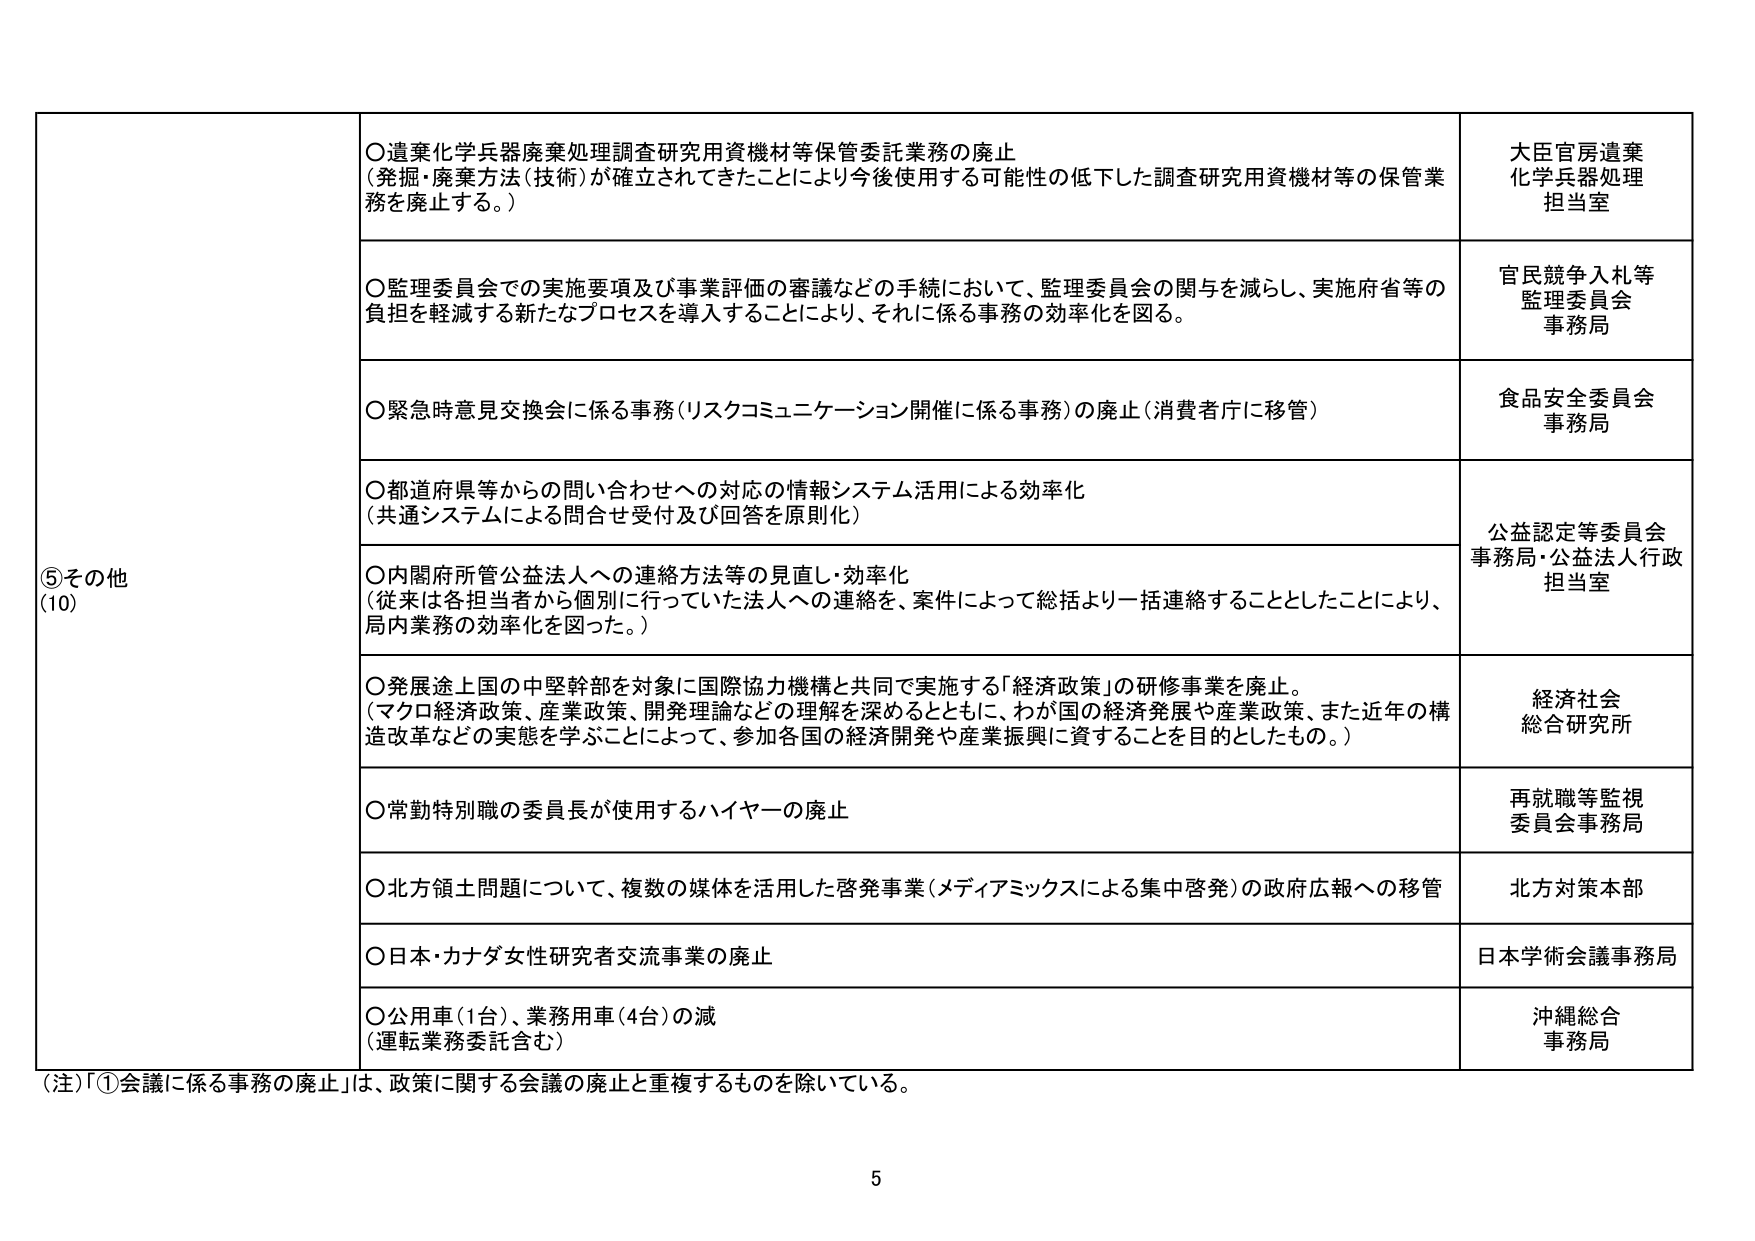
⑤その他
(10)

○遺棄化学兵器廃棄処理調査研究用資機材等保管委託業務の廃止
（発掘・廃棄方法（技術）が確立されてきたことにより今後使用する可能性の低下した調査研究用資機材等の保管業務を廃止する。）

○監理委員会での実施要項及び事業評価の審議などの手続において、監理委員会の関与を減らし、実施府省等の負担を軽減する新たなプロセスを導入することにより、それに係る事務の効率化を図る。

○緊急時意見交換会に係る事務（リスクコミュニケーション開催に係る事務）の廃止（消費者庁に移管）

○都道府県等からの問い合わせへの対応の情報システム活用による効率化
（共通システムによる問合せ受付及び回答を原則化）

○内閣府所管公益法人への連絡方法等の見直し・効率化
（従来は各担当者から個別に行っていた法人への連絡を、案件によって総括より一括連絡することとしたことにより、局内業務の効率化を図った。）

○発展途上国の中堅幹部を対象に国際協力機構と共同で実施する「経済政策」の研修事業を廃止。
（マクロ経済政策、産業政策、開発理論などの理解を深めるとともに、わが国の経済発展や産業政策、また近年の構造改革などの実態を学ぶことによって、参加各国の経済開発や産業振興に資することを目的としたもの。）

○常勤特別職の委員長が使用するハイヤーの廃止

○北方領土問題について、複数の媒体を活用した啓発事業（メディアミックスによる集中啓発）の政府広報への移管

○日本・カナダ女性研究者交流事業の廃止

○公用車（1台）、業務用車（4台）の減
（運転業務委託含む）

大臣官房遺棄化学兵器処理担当室
官民競争入札等監理委員会事務局
食品安全委員会事務局
公益認定等委員会事務局・公益法人行政担当室
経済社会総合研究所
再就職等監視委員会事務局
北方対策本部
日本学術会議事務局
沖縄総合事務局

（注）「①会議に係る事務の廃止」は、政策に関する会議の廃止と重複するものを除いている。

5